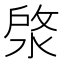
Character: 𣷙